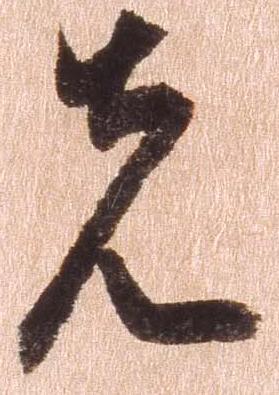
先